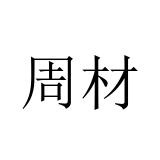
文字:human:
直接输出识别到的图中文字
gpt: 周材